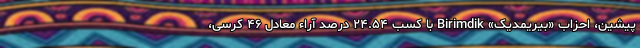
پیشین، احزاب «بیریمدیک» Birimdik با کسب ۲۴.۵۴ درصد آراء معادل ۴۶ کرسی،